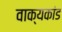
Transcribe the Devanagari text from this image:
वाक्यकांड